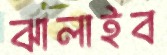
ঝালাইব